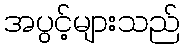
အပွင့်များသည်